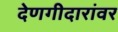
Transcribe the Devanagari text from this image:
देणगीदारांवर